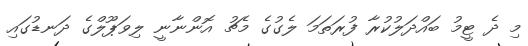
މި ދެ ޓީމު ބައްދަލުކުރާ ފުރަތަމަ ލެގުގެ މެޗު އޮންނާނީ ލިވަޕޫލްގެ ދަނޑުގައި